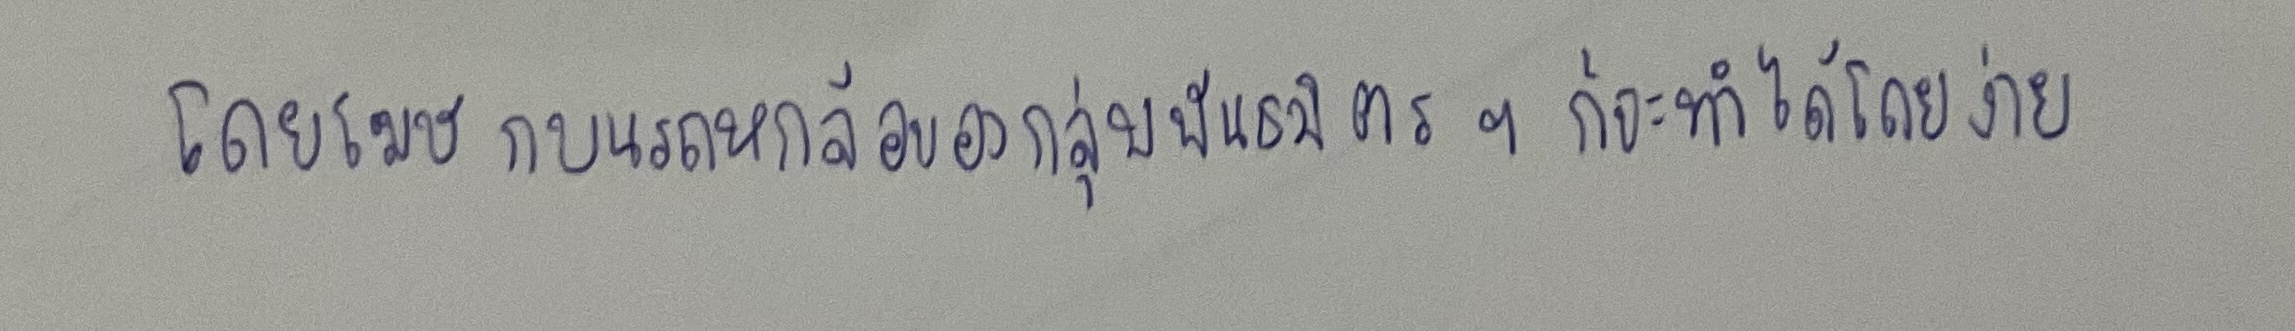
โดยโฆษกบนรถหกล้อของกลุ่มพันธมิตรฯก็จะทำได้โดยง่าย